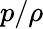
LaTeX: p/\rho